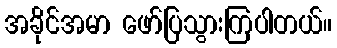
အခိုင်အမာ ဖော်ပြသွားကြပါတယ်။